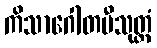
ကိသာဂေါတမီသုတ္တံ